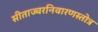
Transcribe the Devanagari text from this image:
सीताज्वरनिवारणस्तोत्र